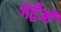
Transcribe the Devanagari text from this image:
गेहूँओं